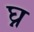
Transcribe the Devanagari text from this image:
घ्न